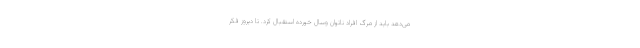
می‌دهد بايد از مرگ افراد ناتوان وسال خورده استقبال كرد. تا دیروز فکر